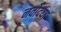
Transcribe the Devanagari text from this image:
नवोदया